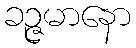
ခဉ္ဇမာနော